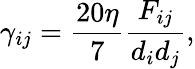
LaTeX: \gamma_{ij}=\frac{20\eta}{7}\frac{F_{ij}}{d_{i}d_{j}},